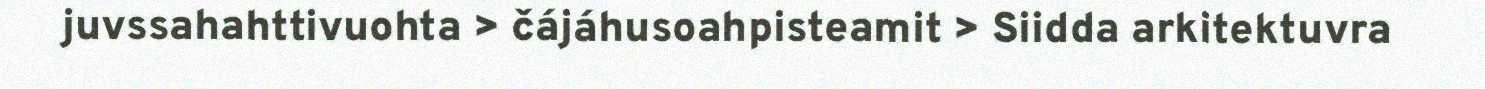
juvssahahttivuohta > čájáhusoahpisteamit > Siidda arkitektuvra